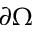
\partial \Omega